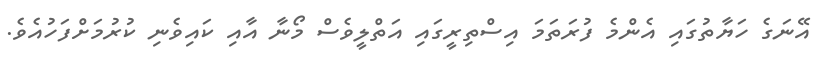
އޭނަގެ ހަޔާތުގައި އެންމެ ފުރަތަމަ އިސްތިރީގައި އަތްލީވެސް މޯނާ އާއި ކައިވެނި ކުރުމަށްފަހުއެވެ.